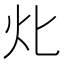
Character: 𤆇